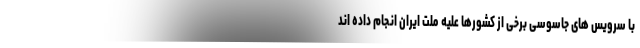
با سرویس های جاسوسی برخی از کشورها علیه ملت ایران انجام داده اند